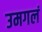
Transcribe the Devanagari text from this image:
उमगलं